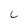
Character: C